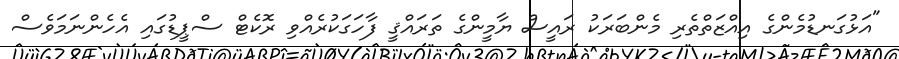
"އަޅުގަނޑުމެންގެ އިއްޒަތްތެރި މެންބަރަކު ރައީސް ޔާމީންގެ ތަރައްޤީ ފާހަގަކުރެއްވި ރޮކެޓް ސްޕީޑުގައި އެހެންނަމަވެސް